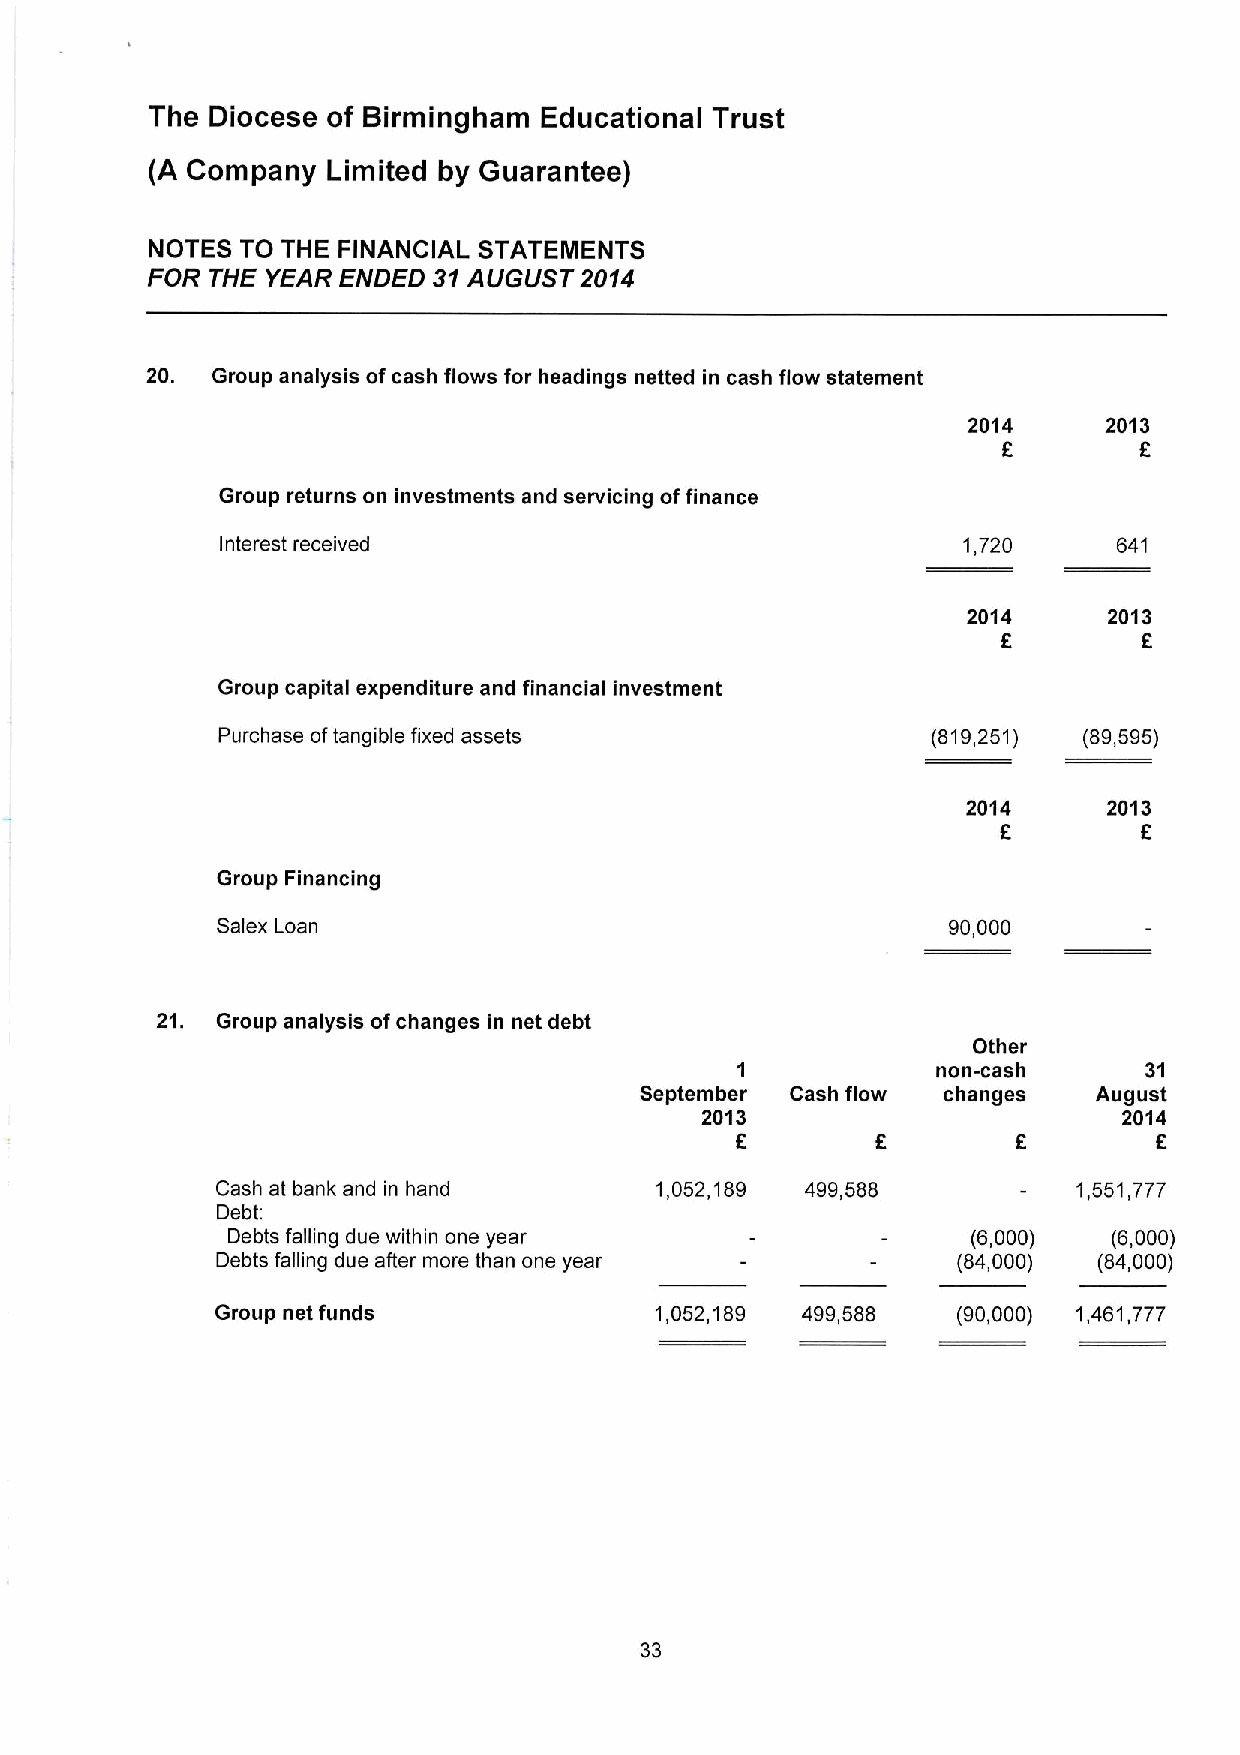
The Diocese of Birmingham Educational Trust
 (A Company  Limited by Guarantee)
 NOTES TO THE FINANCIAL STATEMENTS
 FOR THE YEAR ENDED 31AUGUST 2014
 20. Group analysis ofcash flows for headings netted in cash flow statement
 2014     2013
 8        8
 Group returns on investments and servicing offinance
 Interest received                                1,720     641
 2014     2013
 F         8
 Group capital expenditure and financial investment
 Purchase oftangible fixed assets                (819,251) (89,595)
 2014     2013
 f
 8
 Group Financing
 Salex Loan                                       90,000
 21. Group analysis ofchanges in net debt
 Other
 1            non-cash      31
 September Cash flow changes    August
 2013                        2014
 8
 Cash at bank and in hand     1,052,189 499,588           1,551,777
 Debt:
 Debts falling due within one year                (6,000)   (6,000)
 Debts falling due after more than one year       (84,000)  (84,000)
 Group net funds              1,052,189 499,588   (90,000) 1,461,777
 33